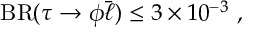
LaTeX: \mathrm { B R } ( \tau \to \phi \bar { \ell } ) \leq 3 \times 1 0 ^ { - 3 } ~ ,